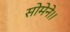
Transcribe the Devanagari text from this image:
सोमेने।।